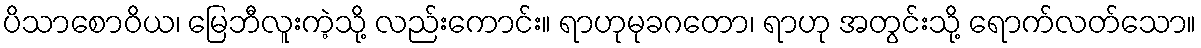
ပိသာစောဝိယ၊ မြေဘီလူးကဲ့သို့ လည်းကောင်း။ ရာဟုမုခဂတော၊ ရာဟု အတွင်းသို့ ရောက်လတ်သော။